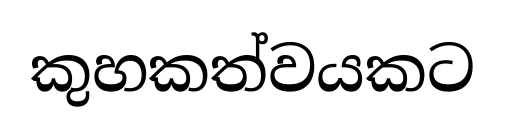
කුහකත්වයකට